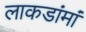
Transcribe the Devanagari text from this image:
लाकडांमां